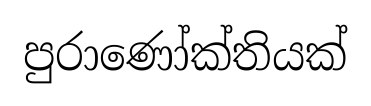
පුරාණෝක්තියක්